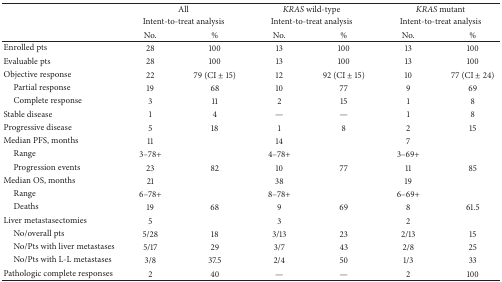
|  | <COLSPAN=2> All | <COLSPAN=2> KRAS wild-type | <COLSPAN=2> KRAS mutant |
 |  | <COLSPAN=2> Intent-to-treat analysis | <COLSPAN=2> Intent-to-treat analysis | <COLSPAN=2> Intent-to-treat analysis |
 |  | No. | % | No. | % | No. | % |
 | --- | --- | --- | --- | --- | --- | --- |
 | Enrolled pts | 28 | 100 | 13 | 100 | 13 | 100 |
 | Evaluable pts | 28 | 100 | 13 | 100 | 13 | 100 |
 | Objective response | 22 | 79 (CI ± 15) | 12 | 92 (CI ± 15) | 10 | 77 (CI ± 24) |
 | Partial response | 19 | 68 | 10 | 77 | 9 | 69 |
 | Complete response | 3 | 11 | 2 | 15 | 1 | 8 |
 | Stable disease | 1 | 4 | — | — | 1 | 8 |
 | Progressive disease | 5 | 18 | 1 | 8 | 2 | 15 |
 | Median PFS, months | 11 |  | 14 |  | 7 |  |
 | Range | 3–78+ |  | 4–78+ |  | 3–69+ |  |
 | Progression events | 23 | 82 | 10 | 77 | 11 | 85 |
 | Median OS, months | 21 |  | 38 |  | 19 |  |
 | Range | 6–78+ |  | 8–78+ |  | 6–69+ |  |
 | Deaths | 19 | 68 | 9 | 69 | 8 | 61.5 |
 | Liver metastasectomies | 5 |  | 3 |  | 2 |  |
 | No/overall pts | 5/28 | 18 | 3/13 | 23 | 2/13 | 15 |
 | No/Pts with liver metastases | 5/17 | 29 | 3/7 | 43 | 2/8 | 25 |
 | No/Pts with L-L metastases | 3/8 | 37.5 | 2/4 | 50 | 1/3 | 33 |
 | Pathologic complete responses | 2 | 40 | — | — | 2 | 100 |